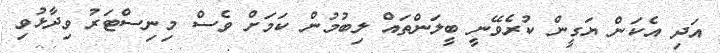
އަދި އެކަން ޔަގީން ކުރެވޭނީ ބީލަންތައް ލިބުމުން ކަމަށް ވެސް މިނިސްޓަރު ވިދާޅުވި